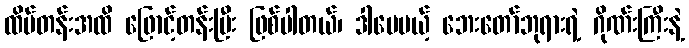
ထိပ်တန်းအထိ ဖြောင့်တန်းပြီး ဖြစ်ပါတယ်၊ ဒါပေမယ့် ဘေးတော်ဘုရားရဲ့ ဂိုဏ်းကြီးနဲ့